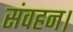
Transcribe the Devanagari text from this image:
संवहन।